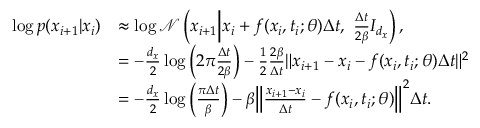
\begin{array} { r l } { \log p ( x _ { i + 1 } | x _ { i } ) } & { \approx \log \mathcal { N } \left( x _ { i + 1 } \middle | x _ { i } + f ( x _ { i } , t _ { i } ; \theta ) \Delta t , \ \frac { \Delta t } { 2 \beta } I _ { d _ { x } } \right) , } \\ & { = - \frac { d _ { x } } { 2 } \log \left( 2 \pi \frac { \Delta t } { 2 \beta } \right) - \frac { 1 } { 2 } \frac { 2 \beta } { \Delta t } \Vert x _ { i + 1 } - x _ { i } - f ( x _ { i } , t _ { i } ; \theta ) \Delta t \Vert ^ { 2 } } \\ & { = - \frac { d _ { x } } { 2 } \log \left( \frac { \pi \Delta t } { \beta } \right) - \beta \Big \Vert \frac { x _ { i + 1 } - x _ { i } } { \Delta t } - f ( x _ { i } , t _ { i } ; \theta ) \Big \Vert ^ { 2 } \Delta t . } \end{array}